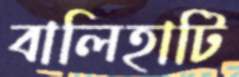
বালিহাটি